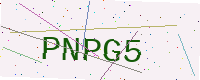
Text: PNPG5